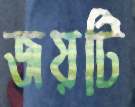
জয়টি